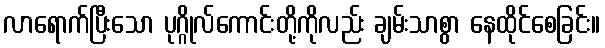
လာရောက်ပြီးသော ပုဂ္ဂိုလ်ကောင်းတို့ကိုလည်း ချမ်းသာစွာ နေထိုင်စေခြင်း။